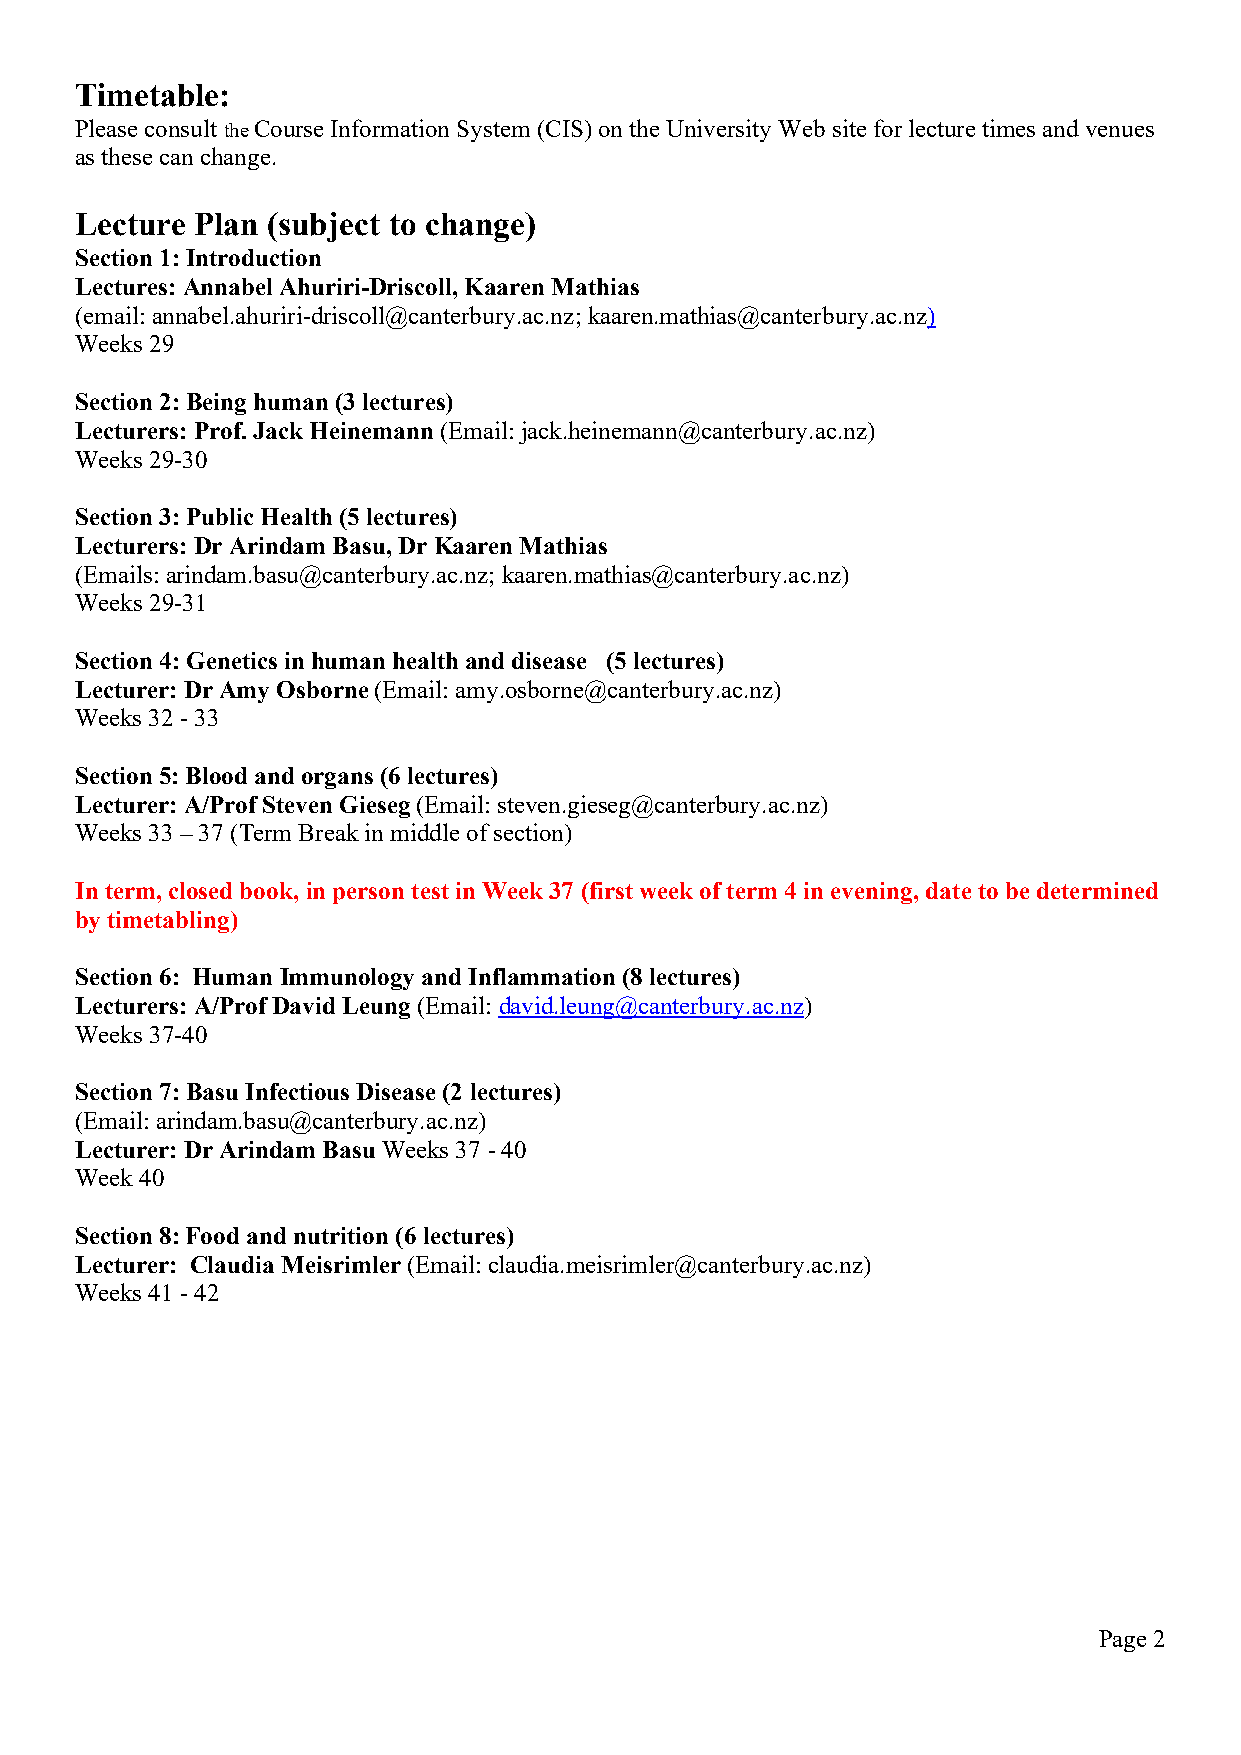
Timetable:
 Please consult the Course Information System (CIS) on the University Web site for lecture times and venues
 as these can change.
 Lecture Plan (subject to change)
 Section 1: Introduction
 Lectures: Annabel Ahuriri-Driscoll, Kaaren Mathias
 (email: annabel.ahuriri-driscoll@canterbury.ac.nz; kaaren.mathias@canterbury.ac.nz)
 Weeks 29
 Section 2: Being human (3 lectures)
 Lecturers: Prof. Jack Heinemann (Email: jack.heinemann@canterbury.ac.nz)
 Weeks 29-30
 Section 3: Public Health (5 lectures)
 Lecturers: Dr Arindam Basu, Dr Kaaren Mathias
 (Emails: arindam.basu@canterbury.ac.nz; kaaren.mathias@canterbury.ac.nz)
 Weeks 29-31
 Section 4: Genetics in human health and disease (5 lectures)
 Lecturer: Dr Amy Osborne (Email: amy.osborne@canterbury.ac.nz)
 Weeks 32 - 33
 Section 5: Blood and organs (6 lectures)
 Lecturer: A/Prof Steven Gieseg (Email: steven.gieseg@canterbury.ac.nz)
 Weeks 33 – 37 (Term Break in middle of section)
 In term, closed book, in person test in Week 37 (first week of term 4 in evening, date to be determined
 by timetabling)
 Section 6: Human Immunology and Inflammation (8 lectures)
 Lecturers: A/Prof David Leung (Email: david.leung@canterbury.ac.nz)
 Weeks 37-40
 Section 7: Basu Infectious Disease (2 lectures)
 (Email: arindam.basu@canterbury.ac.nz)
 Lecturer: Dr Arindam Basu Weeks 37 - 40
 Week 40
 Section 8: Food and nutrition (6 lectures)
 Lecturer: Claudia Meisrimler (Email: claudia.meisrimler@canterbury.ac.nz)
 Weeks 41 - 42
 Page 2